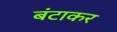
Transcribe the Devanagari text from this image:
बंटाकर